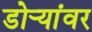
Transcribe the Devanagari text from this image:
डोर्‍यांवर